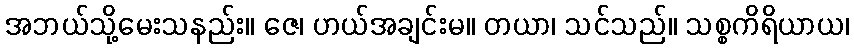
အဘယ်သို့မေးသနည်း။ ဇေ၊ ဟယ်အချင်းမ။ တယာ၊ သင်သည်။ သစ္စကိရိယာယ၊